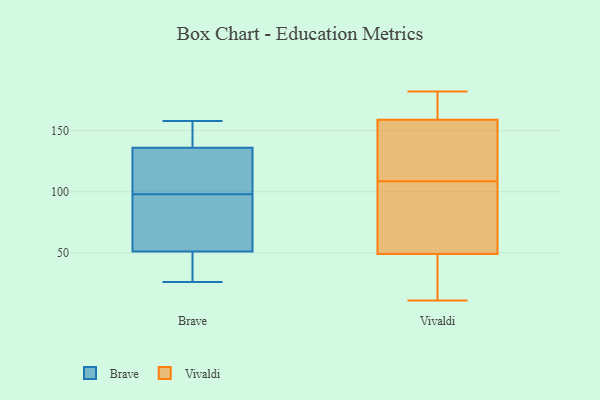
{"axis": {"x": "Production Output", "y": "Value"}, "legend": ["Brave", "Vivaldi"], "data": [{"x": "", "y": 69, "type": "Brave"}, {"x": "", "y": 137, "type": "Brave"}, {"x": "", "y": 45, "type": "Brave"}, {"x": "", "y": 133, "type": "Brave"}, {"x": "", "y": 26, "type": "Brave"}, {"x": "", "y": 113, "type": "Brave"}, {"x": "", "y": 69, "type": "Brave"}, {"x": "", "y": 155, "type": "Brave"}, {"x": "", "y": 98, "type": "Brave"}, {"x": "", "y": 29, "type": "Brave"}, {"x": "", "y": 158, "type": "Brave"}, {"x": "", "y": 89, "type": "Vivaldi"}, {"x": "", "y": 182, "type": "Vivaldi"}, {"x": "", "y": 113, "type": "Vivaldi"}, {"x": "", "y": 125, "type": "Vivaldi"}, {"x": "", "y": 104, "type": "Vivaldi"}, {"x": "", "y": 159, "type": "Vivaldi"}, {"x": "", "y": 32, "type": "Vivaldi"}, {"x": "", "y": 49, "type": "Vivaldi"}, {"x": "", "y": 11, "type": "Vivaldi"}, {"x": "", "y": 178, "type": "Vivaldi"}]}